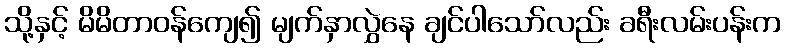
သို့နှင့် မိမိတာဝန်ကျေ၍ မျက်နှာလွှဲနေ ချင်ပါသော်လည်း ခရီးလမ်းပန်းက